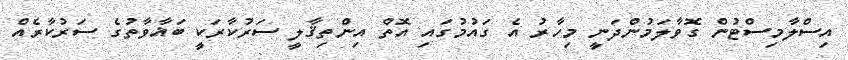
އިސްލާމިސްޓުން ގޮވާލަމުންދަނީ މިހާރު އެ ގައުމުގައި އޮތް އިންތިޤާލީ ސަރުކާރަކީ ބަޣާވާތުގެ ސަރުކާރެއް